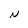
Character: N